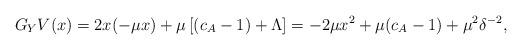
LaTeX: \begin{align*}G_Y V(x) &= 2x (-\mu x) + \mu \left[(c_A - 1) + \Lambda\right] = - 2 \mu x^2 + \mu(c_A - 1) + \mu^2 \delta^{-2},\end{align*}